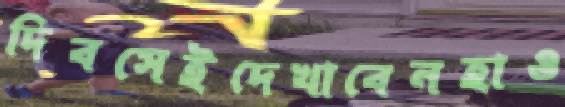
দিবসেইদেখাবেনহাও